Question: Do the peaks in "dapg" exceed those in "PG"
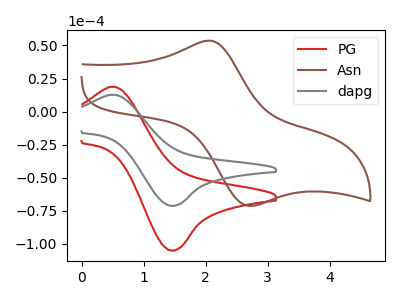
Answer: <think>The red curve "PG" has an anodic peak at (0.50V, 18.65uA) and a cathodic peak at (1.45V, -104.95uA). The brown curve "Asn" has an anodic peak at (2.05V, 53.60uA) and a cathodic peak at (2.70V, -71.40uA). The gray curve "dapg" has an anodic peak at (0.50V, 12.65uA) and a cathodic peak at (1.45V, -71.20uA).</think>
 <answer>Every peak in "dapg" is lower than every peak in "PG".</answer>
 <eval>lower</eval>